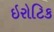
ઇરોટિક